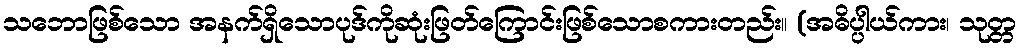
သဘောဖြစ်သော အနက်ရှိသောပုဒ်ကိုဆုံးဖြတ်ကြောင်းဖြစ်သောစကားတည်း။ (အဓိပ္ပါယ်ကား၊ သုတ္တ